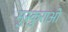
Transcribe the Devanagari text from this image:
मुस्कुराओ